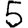
Digit: 5